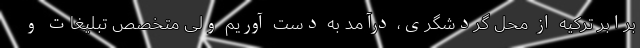
برابر ترکیه از محل گردشگری، درآمد به دست آوریم ولی متخصص تبلیغات و